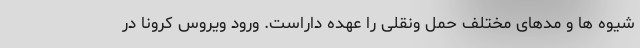
شیوه ها و مدهای مختلف حمل ونقلی را عهده داراست. ورود ویروس کرونا در